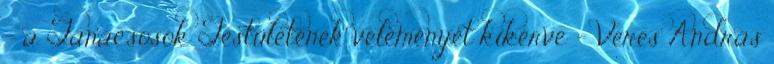
- a Tanácsosok Testületének véleményét kikérve - Veres András